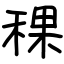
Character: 稞